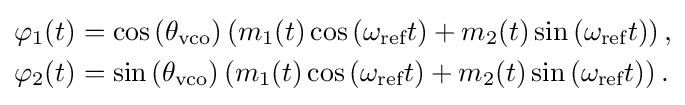
{\begin{aligned}\varphi _{1}(t)&=\cos \left(\theta _{\text{vco}}\right)\left(m_{1}(t)\cos \left(\omega _{\text{ref}}t\right)+m_{2}(t)\sin \left(\omega _{\text{ref}}t\right)\right),\\\varphi _{2}(t)&=\sin \left(\theta _{\text{vco}}\right)\left(m_{1}(t)\cos \left(\omega _{\text{ref}}t\right)+m_{2}(t)\sin \left(\omega _{\text{ref}}t\right)\right).\end{aligned}}